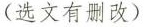
(选文有删改)